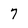
Character: 7